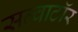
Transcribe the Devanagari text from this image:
सल्वाटॉर